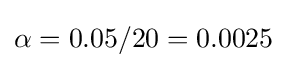
\alpha =0.05/20=0.0025